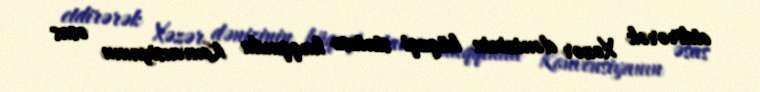
etdirərək Xəzər dənizinin hüquqi statusu haqqında Konvensiyanın əsas